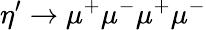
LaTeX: \eta^{\prime}\rightarrow\mu^{+}\mu^{-}\mu^{+}\mu^{-}